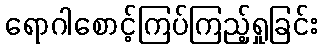
ရောဂါစောင့်ကြပ်ကြည့်ရှုခြင်း